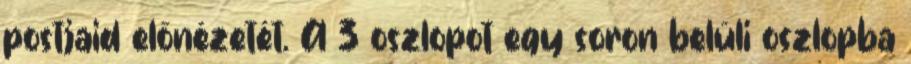
postjaid előnézetét. A 3 oszlopot egy soron belüli oszlopba